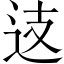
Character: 𨑤